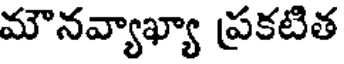
మౌనవ్యాఖ్యా ప్రకటిత